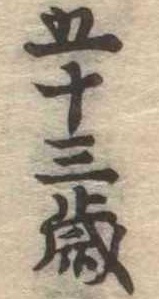
五十三歳